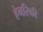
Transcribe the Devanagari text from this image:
हेनरिकी